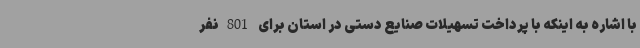
با اشاره به اینکه با پرداخت تسهیلات صنایع دستی در استان برای 801نفر